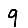
Digit: 9